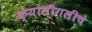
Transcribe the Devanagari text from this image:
क्योलीगलीचे